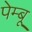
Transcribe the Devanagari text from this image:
पेम्बू